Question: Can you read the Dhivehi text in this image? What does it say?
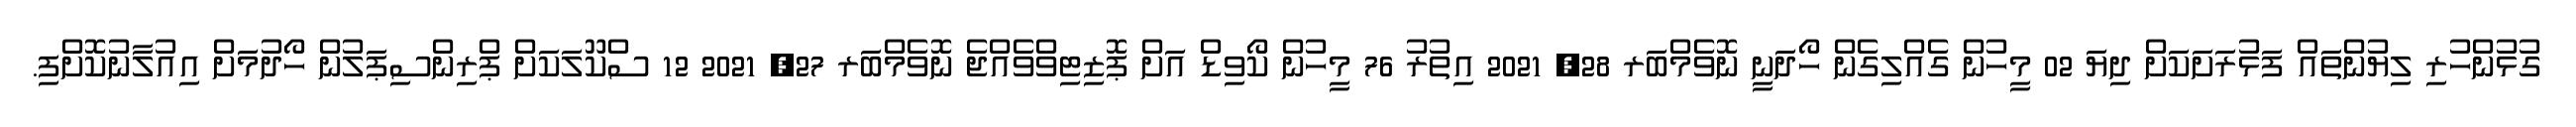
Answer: ގުޅުންހުރި ލިޔުންތައް ފަޅުރަށަކަށް ދިޔަ 02 މީހުން ގެއްލިގެން ހޯދަނީ ނޮވެމްބަރ 28, 2021 އިތުރު 76 މީހުން ކޯވިޑް އަށް ޕޮޒިޓިވްވެއްޖެ ނޮވެމްބަރ 27, 2021 12 ސްކޫލަކަށް ޕްރިންސިޕަލުން ހޯދުމަށް އިއުލާނުކޮށްފި.